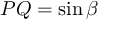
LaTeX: P Q = \sin \beta